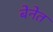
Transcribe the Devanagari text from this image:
बेनेत